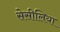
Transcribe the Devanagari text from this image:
सेसीलिया